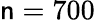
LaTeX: \mathsf{n}=700